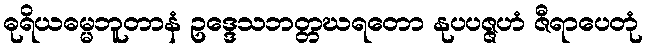
ဓုရိယဓမ္မဘူတာနံ ဥဒ္ဒေသဘတ္တဃရတော နုပပဇ္ဇဟံ ဇီရာပေတုံ